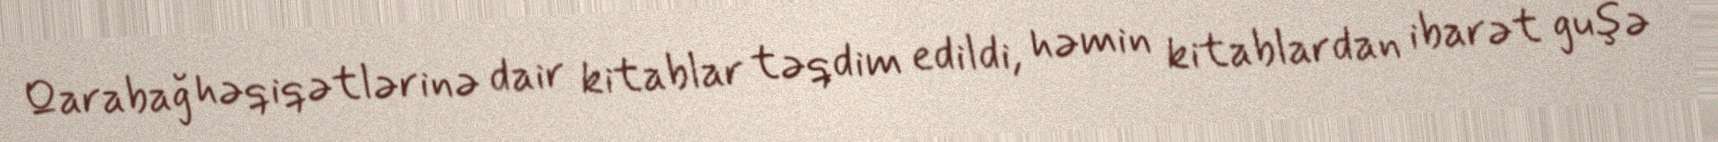
Qarabağ həqiqətlərinə dair kitablar təqdim edildi, həmin kitablardan ibarət guşə